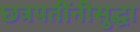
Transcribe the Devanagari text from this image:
छत्रपतींनीसुद्धा